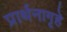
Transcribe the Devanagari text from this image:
प्रार्थनागृहे